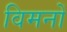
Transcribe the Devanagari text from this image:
विमनों